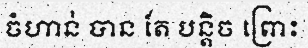
ចំហាន់ បាន តែ បន្តិច ព្រោះ